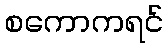
စကောကရင်